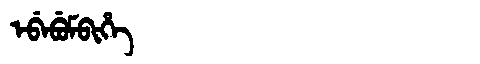
Manchu: ᡝᠪᡝᠪᡠᠮᠪᡳᡥᡝ
Romanization: EBEBUMBIHE